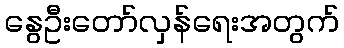
နွေဦးတော်လှန်ရေးအတွက်